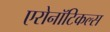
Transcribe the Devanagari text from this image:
एरोनॉटिकल्स